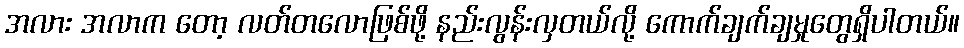
အလား အလာက တော့ လတ်တလောဖြစ်ဖို့ နည်းလွန်းလှတယ်လို့ ကောက်ချက်ချမှုတွေရှိပါတယ်။